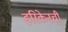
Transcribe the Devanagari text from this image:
हरिकेनची